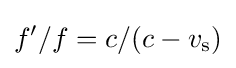
f'/f=c/(c-v_{\rm {s}})